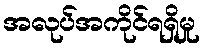
အလုပ်အကိုင်ရရှိမှု